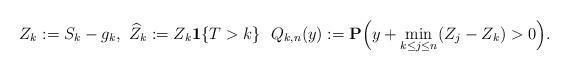
LaTeX: \begin{align*} Z_k:=S_k-g_k,\ \widehat{Z}_k:=Z_k{\bf 1}\{T>k\}\ \ Q_{k,n}(y):=\mathbf{P}\Big(y+\min_{k \le j\leq n}(Z_j-Z_k)>0\Big).\end{align*}